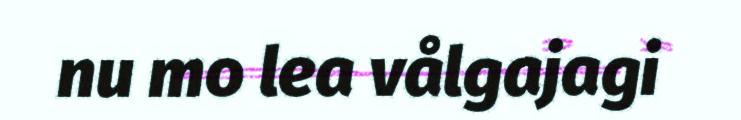
nu mo lea vålgajagi